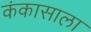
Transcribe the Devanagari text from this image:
कंकासाला